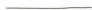
___